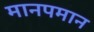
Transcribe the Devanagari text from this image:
मानपमान